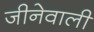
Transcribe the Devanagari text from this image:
जीनेवाली